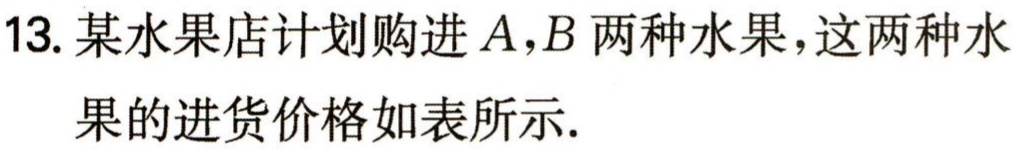
13. 某水果店计划购进\(A,B\)两种水果，这两种水果的进货价格如表所示.